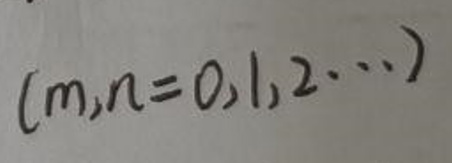
$(m,n = 0,1,2\cdots)$